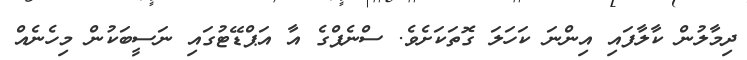
ދިމާލުން ކާލާފައި އިންނަ ކަހަލަ ގޮތަކަށެވެ. ސްނެޕްގެ އާ އަޕްޑޭޓުގައި ނަސީބަކުން މިހެނެއް